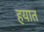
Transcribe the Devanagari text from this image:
हयात